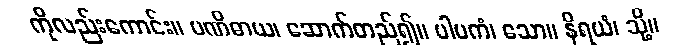
ကိုလည်းကောင်း။ ပဏိဓာယ၊ ဆောက်တည်၍။ ပါပကံ၊ သော။ နိရယံ၊ သို့။